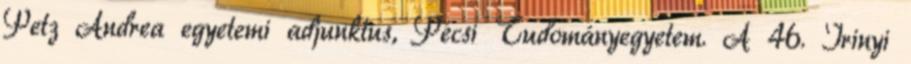
Petz Andrea egyetemi adjunktus, Pécsi Tudományegyetem. A 46. Irinyi